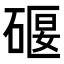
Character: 𥔌